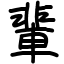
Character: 輩